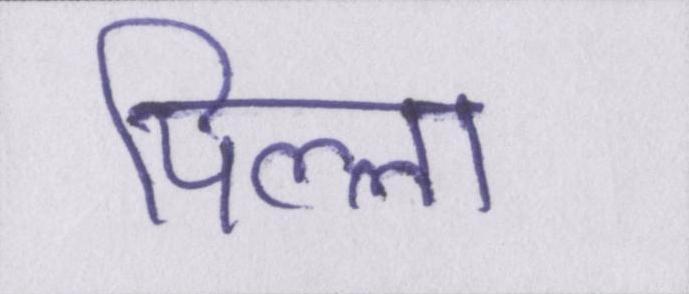
पिल्ला